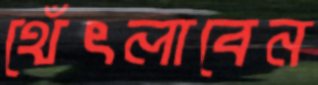
থেঁৎলাবেন